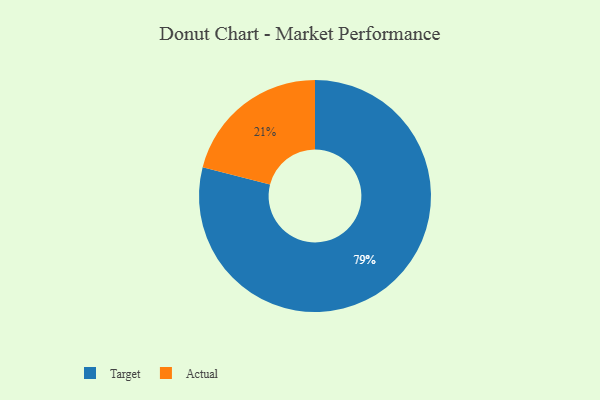
{"axis": {"x": "Category", "y": "Percentage"}, "legend": ["Actual", "Target"], "data": [{"x": "Actual", "y": 21, "type": "Actual"}, {"x": "Target", "y": 79, "type": "Target"}]}